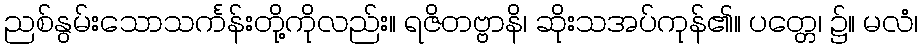
ညစ်နွမ်းသောသင်္ကန်းတို့ကိုလည်း။ ရဇိတဗ္ဗာနိ၊ ဆိုးသအပ်ကုန်၏။ ပတ္တေ၊ ၌။ မလံ၊